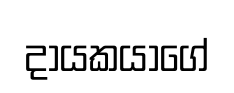
දායකයාගේ